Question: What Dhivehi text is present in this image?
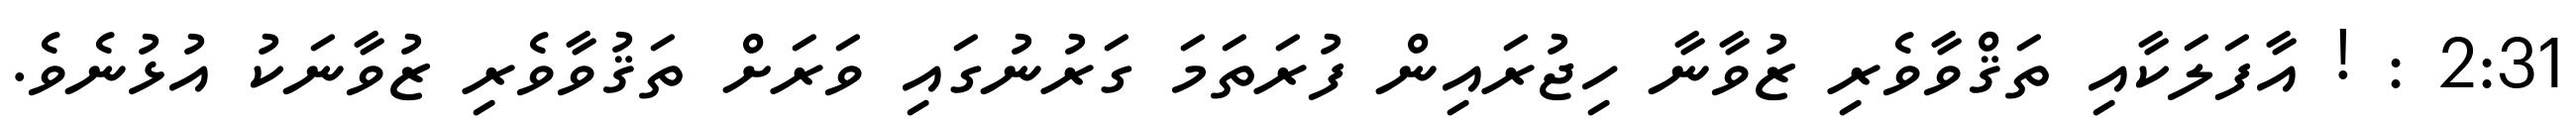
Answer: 2:31 : ! އާފަލަކާއި ތަޤްވާވެރި ޒުވާނާ ހިޖުރައިން ފުރަތަމަ ގަރުނުގައި ވަރަށް ތަޤުވާވެރި ޒުވާނަކު އުޅުނެވެ.